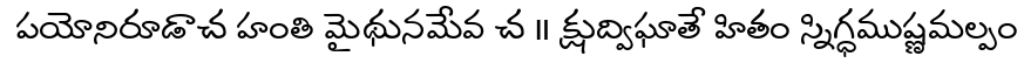
పయోనిరూడాచ హంతి మైథునమేవ చ ॥ క్షుద్విఘాతే హితం స్నిగ్ధముష్ణమల్పం